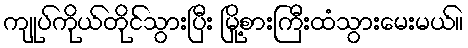
ကျုပ်ကိုယ်တိုင်သွားပြီး မြို့စားကြီးထံသွားမေးမယ်။